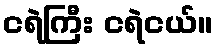
ငရဲကြီး ငရဲငယ်။